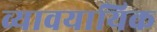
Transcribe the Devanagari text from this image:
व्यावयायिक